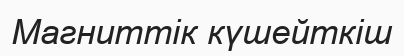
Магниттік күшейткіш